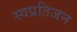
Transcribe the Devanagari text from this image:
स्वप्रतिजन